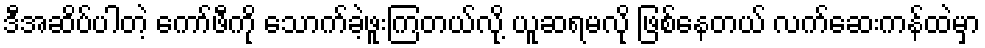
ဒီအဆိပ်ပါတဲ့ ကော်ဖီကို သောက်ခဲ့ဖူးကြတယ်လို့ ယူဆရမလို ဖြစ်နေတယ် လက်ဆေးကန်ထဲမှာ